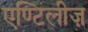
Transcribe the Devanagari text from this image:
एण्टिलीज़